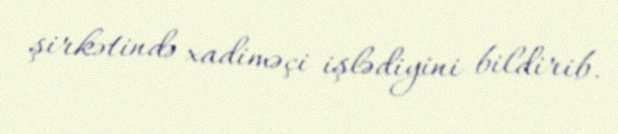
şirkətində xadiməçi işlədiyini bildirib.